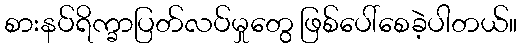
စားနပ်ရိက္ခာပြတ်လပ်မှုတွေ ဖြစ်ပေါ်စေခဲ့ပါတယ်။